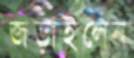
জড়াইলেন